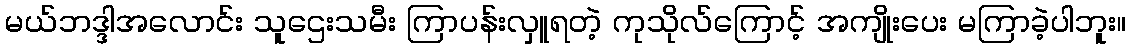
မယ်ဘဒ္ဒါအလောင်း သူဌေးသမီး ကြာပန်းလှူရတဲ့ ကုသိုလ်ကြောင့် အကျိုးပေး မကြာခဲ့ပါဘူး။